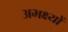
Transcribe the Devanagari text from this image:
अभक्ष्यों